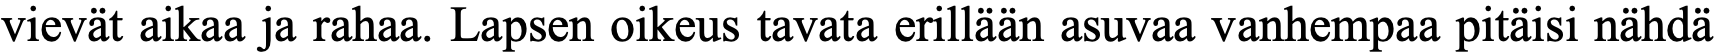
vievät aikaa ja rahaa. Lapsen oikeus tavata erillään asuvaa vanhempaa pitäisi nähdä